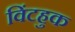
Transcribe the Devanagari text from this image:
विंटहुक